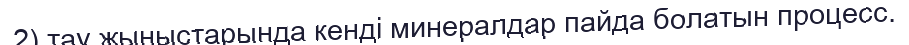
2) тау жыныстарында кенді минералдар пайда болатын процесс.